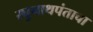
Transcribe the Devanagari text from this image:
रघुनाथपंताचा